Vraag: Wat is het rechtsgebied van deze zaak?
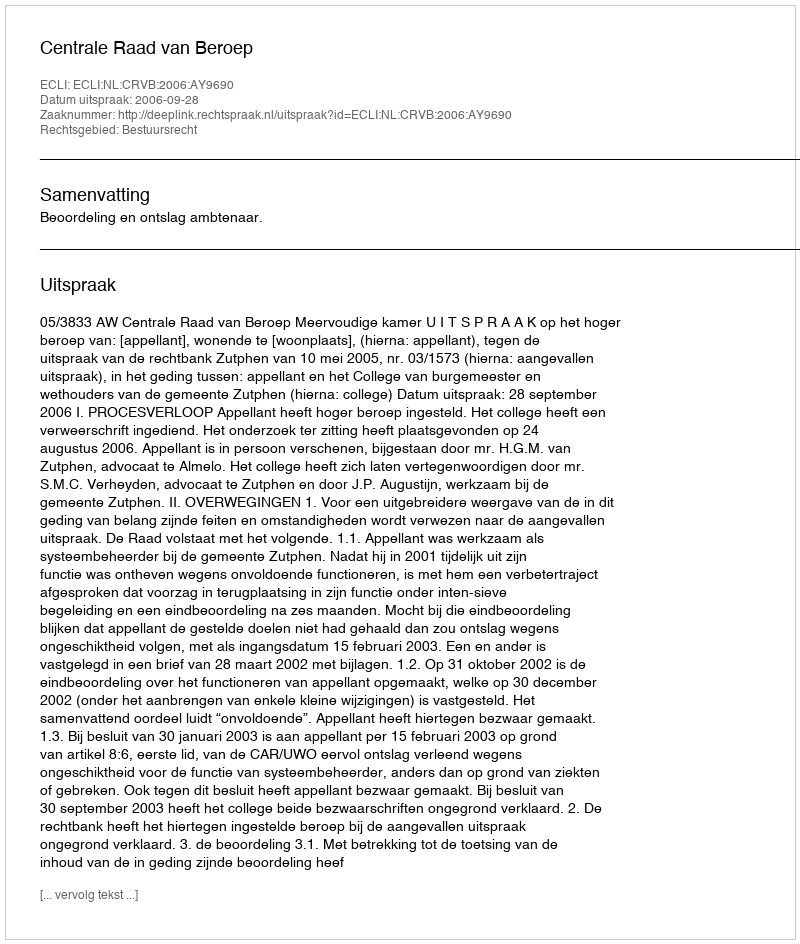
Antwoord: Bestuursrecht